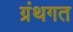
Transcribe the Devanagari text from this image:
ग्रंथगत